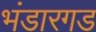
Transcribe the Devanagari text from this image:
भंडारगड